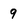
Character: 9